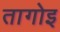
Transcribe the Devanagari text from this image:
तागोइ